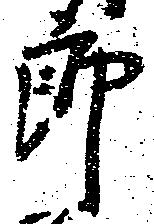
郎